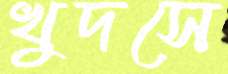
খুদসে